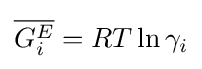
{\overline {G_{i}^{E}}}=RT\ln \gamma _{i}